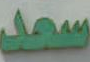
سعد